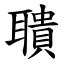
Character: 聵